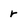
Character: r